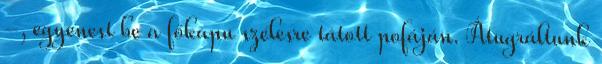
-, egyenest be a főkapu szélesre tátott pofáján. Átugráltunk